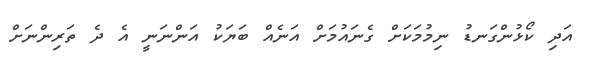
އަދި ކޯޅުންގަނޑު ނިމުމަކަށް ގެނައުމަށް އަނެއް ބަޔަކު އަންނަނީ އެ ދެ ތަރިންނަށް